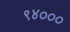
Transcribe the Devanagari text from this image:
९४०००